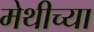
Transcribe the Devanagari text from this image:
मेथीच्या